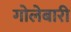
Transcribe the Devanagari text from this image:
गोलेबारी